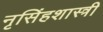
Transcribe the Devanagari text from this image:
नृसिंहशास्त्री